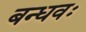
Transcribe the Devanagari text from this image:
बन्धवः